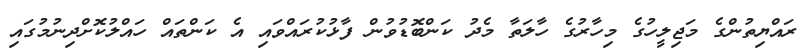
ރައްޔިތުންގެ މަޖިލީހުގެ މިހާރުގެ ހާލަތާ މެދު ކަންބޮޑުވުން ފާޅުކުރައްވައި އެ ކަންތައް ހައްލުކޮށްދިނުމުގައި